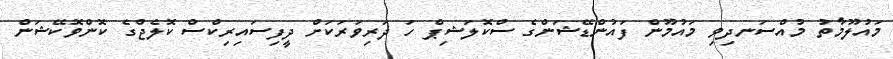
މައުލޫމާތު މުއްސަނދިވި މައުމޫން ފައުންޑޭޝަންގެ ސްކޮލަޝިޕް ހަ ދަރިވަރަކަށް ދީފިސައިރިކްސް ކޮލެޖްގެ ކޮންވޮކޭޝަން